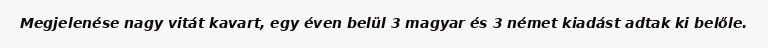
Megjelenése nagy vitát kavart, egy éven belül 3 magyar és 3 német kiadást adtak ki belőle.